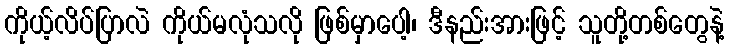
ကိုယ့်လိပ်ပြာလဲ ကိုယ်မလုံသလို ဖြစ်မှာပေါ့၊ ဒီနည်းအားဖြင့် သူတို့တစ်တွေနဲ့